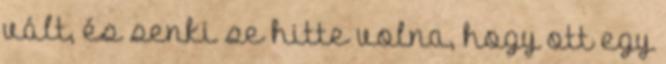
vált, és senki se hitte volna, hogy ott egy